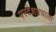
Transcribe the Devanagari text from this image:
परदेशात्याला